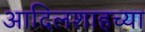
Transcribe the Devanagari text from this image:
आदिलशाहच्या